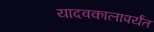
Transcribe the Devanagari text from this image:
यादवकालापर्यंत